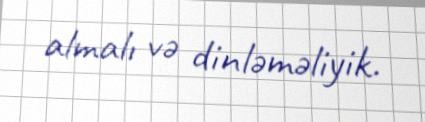
almalı və dinləməliyik.